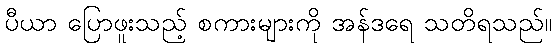
ပီယာ ပြောဖူးသည့် စကားများကို အန်ဒရေ သတိရသည်။